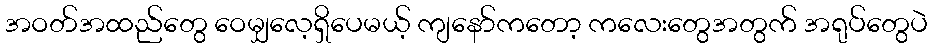
အဝတ်အထည်တွေ ဝေမျှလေ့ရှိပေမယ့် ကျနော်ကတော့ ကလေးတွေအတွက် အရုပ်တွေပဲ